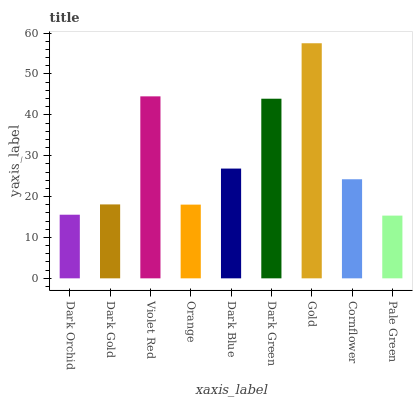
| xaxis_label | bars |
 | --- | --- |
 | Dark Orchid | 15.6 |
 | Dark Gold | 18.1 |
 | Violet Red | 44.5 |
 | Orange | 18 |
 | Dark Blue | 26.9 |
 | Dark Green | 43.9 |
 | Gold | 57.5 |
 | Cornflower | 24.2 |
 | Pale Green | 15.3 |